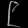
Digit: ၉